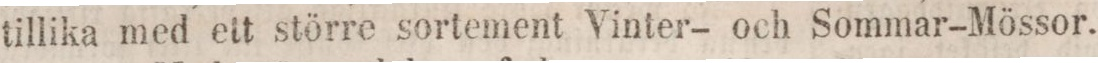
tillika med ett större sortement Vinter- och Sommar-Mössor.